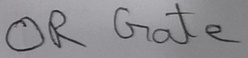
Text: OR Gate